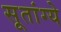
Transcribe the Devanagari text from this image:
सूतांग्ये